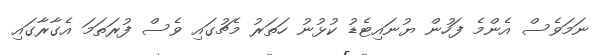
ނަމަވެސް އެންމެ ފަހުން ޔުނައިޓެޑު ކުޅުނު ހަތަރު މެޗުގައި ވެސް ފުރަތަމަ އެގާރާގައި